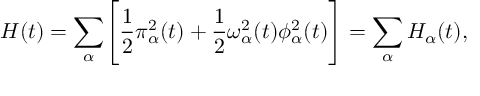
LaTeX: H ( t ) = \sum _ { \alpha } \Biggl [ \frac { 1 } { 2 } \pi _ { \alpha } ^ { 2 } ( t ) + \frac { 1 } { 2 } \omega _ { \alpha } ^ { 2 } ( t ) \phi _ { \alpha } ^ { 2 } ( t ) \Biggr ] = \sum _ { \alpha } H _ { \alpha } ( t ) ,